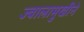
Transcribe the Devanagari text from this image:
ज्वालामुखीने